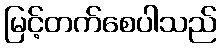
မြင့်တက်စေပါသည်